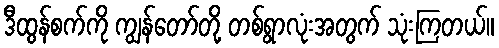
ဒီထွန်စက်ကို ကျွန်တော်တို့ တစ်ရွာလုံးအတွက် သုံးကြတယ်။